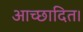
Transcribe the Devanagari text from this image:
आच्छादित।